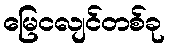
မြေငလျင်တစ်ခု